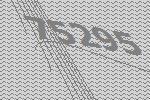
75295